Leningradi_Edasi_toimetus, lk 10
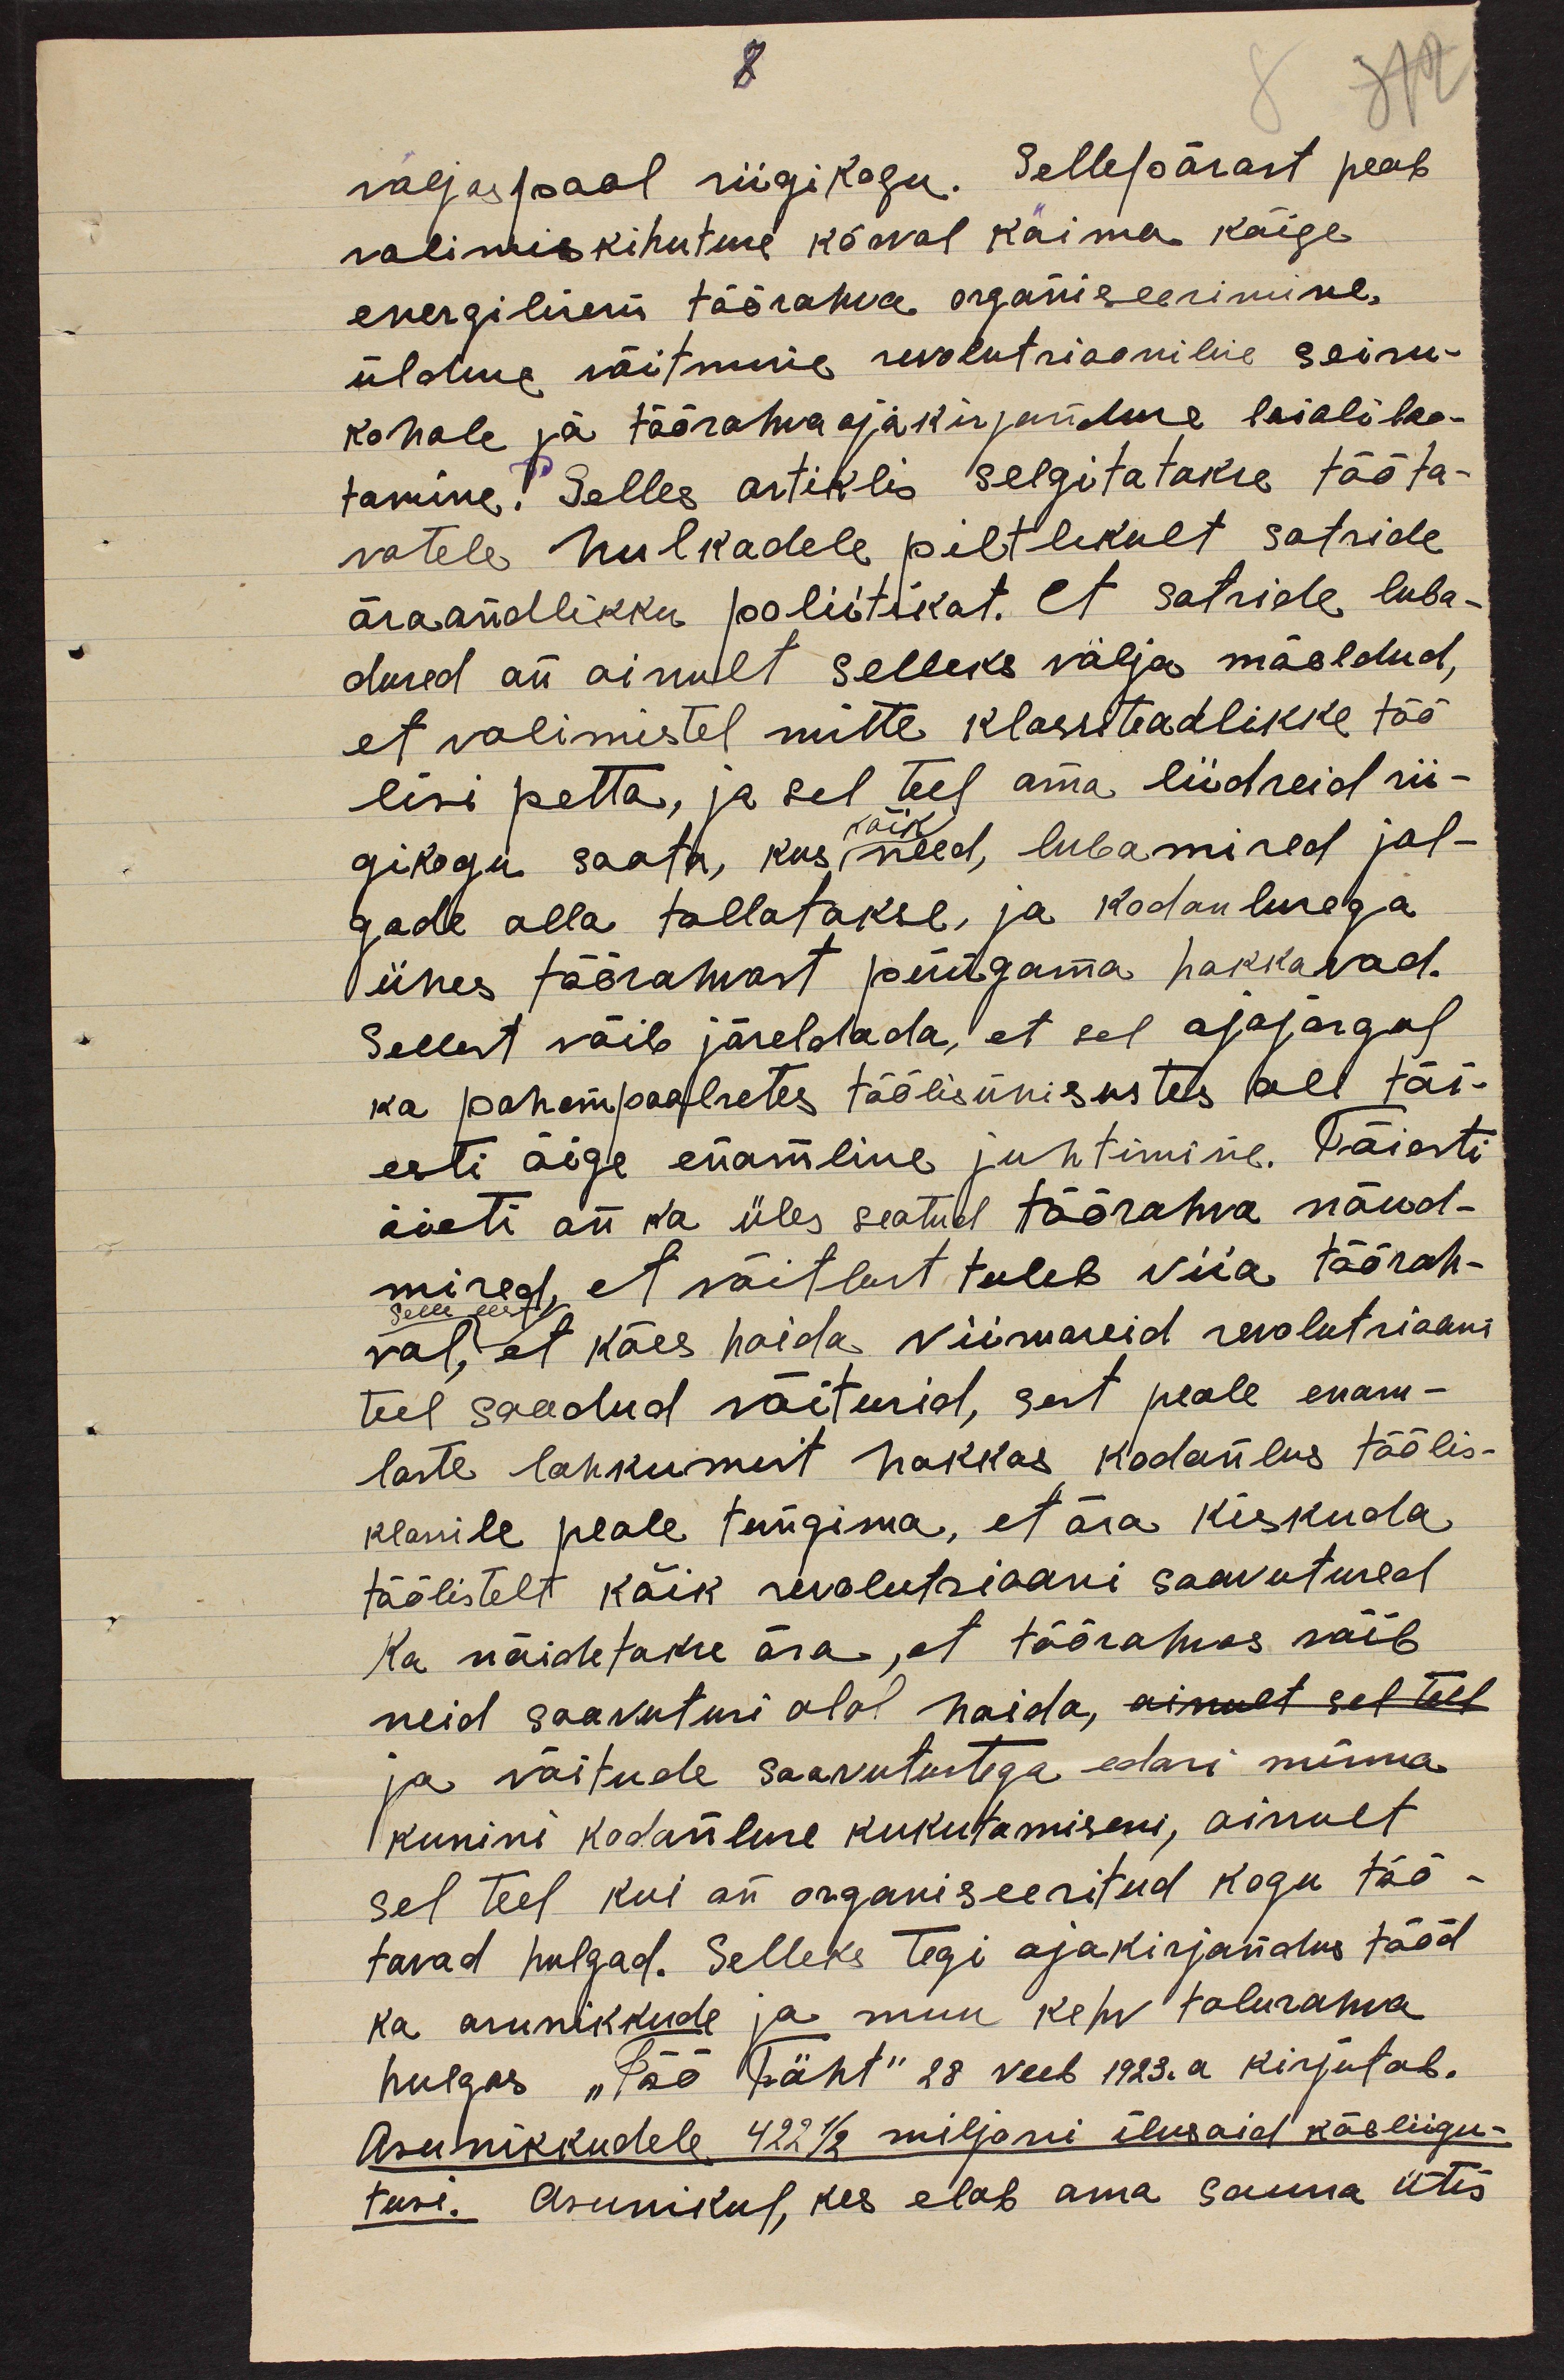
8
väljaspool riigikogu. Sellepärast peab
valimiskihutuse kõrval käima kõige
energilisem töörahva organiseerimine,
üldine võitmine revolutsioonilise seisu-
kohale ja töörahvaajakirjanduse laialilao-
tamine! Selles artiklis selgitatakse tööta-
vatele hulkadele piltlikult sotside
äraandlikku poliitikat. Et sotside luba-
dused on ainult selleks välja mõeldud,
et valimistel mitte klassiteadlikke töö
lisi petta, ja sel teel oma liidreid rii-
gikogu saata, kus need, lubamised jal-
kõik
gade alla tallatakse, ja kodanlusega
ühes töörahvast püügama hakkavad.
Sellest võib järeldada, et sel ajajärgul
ka pahempoolsetes töölisühisustes oli täi-
esti õige enamline juhtimine. Täiesti
õieti on ka üles seatud töörahva nõud-
mised, et võitlust tuleb viia töörah-
val, et käes hoida viimaseid revolutsiooni
selle eest,
teel saadud võitusid, sest peale enam-
laste lahkumist hakkas kodanlus töölis-
klassile peale tungima, et ära kiskuda
töölistelt kõik revolutsiooni saavutused
Ka näidetakse ära, et töörahvas võib
neid saavutusi alal hoida, ainult sel teel
ja võitude saavutustega edasi minna
kunini kodanluse kukutamiseni, ainult
sel teel kui on organiseeritud kogu töö-
tavad hulgad. Selleks tegi ajakirjandus tööd
ka asunikkude ja muu kehv talurahva
hulgas "Töö Täht" 28 veeb 1923. a kirjutab.
Asunikkudele 422 1/2 miljoni ilusaid käeliigu-
tusi. Asunikul, kes elab oma sauna ütis